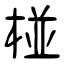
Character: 椪